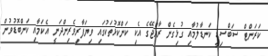
ކަރަންޓް ސަބްސިޑީ ކަނޑާލުމާއި ގުޅިގެން ރާއްޖޭގެ އެކި ކަންކޮޅުތަކުގައި ވިޔަފާރިވެރިންދަނީ އެކަމާއި ކަންބޮޑުވުން